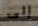
إلى